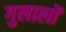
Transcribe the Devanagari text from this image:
गुलालों